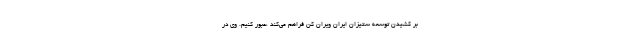
بر کشیدن توسعه ستیزان ایران ویران کن فراهم می‌کند ،عبور کنیم. وی در